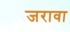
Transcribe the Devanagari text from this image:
जरावा